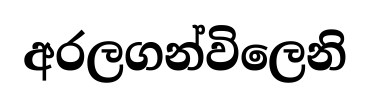
අරලගන්විලෙනි